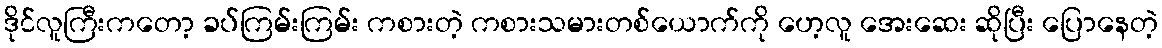
ဒိုင်လူကြီးကတော့ ခပ်ကြမ်းကြမ်း ကစားတဲ့ ကစားသမားတစ်ယောက်ကို ဟေ့လူ အေးဆေး ဆိုပြီး ပြောနေတဲ့